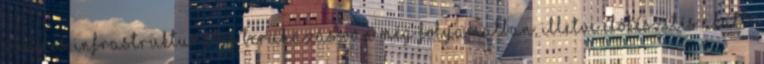
számos infrastrukturális beruházás van még folyamatban, illetve előkészítés alatt: